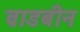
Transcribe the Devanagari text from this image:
ब्राडबीन